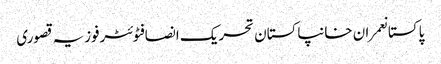
پاکستانعمران خانپاکستان تحریک انصافٹوئٹرفوزیہ قصوری